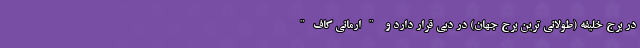
در برج خلیفه (طولانی ترین برج جهان) در دبی قرار دارد و "ارمانی کاف"